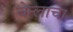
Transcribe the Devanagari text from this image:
चेन्लाचा